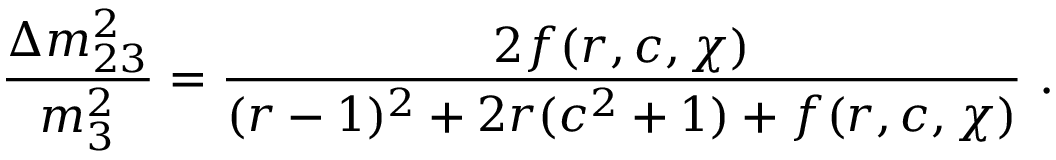
\frac { { \Delta } m _ { 2 3 } ^ { 2 } } { m _ { 3 } ^ { 2 } } = \frac { 2 f ( r , c , \chi ) } { ( r - 1 ) ^ { 2 } + 2 r ( c ^ { 2 } + 1 ) + f ( r , c , \chi ) } \, \, .